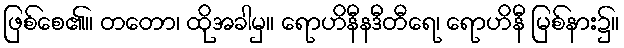
ဖြစ်စေ၏။ တတော၊ ထိုအခါမှ။ ရောဟိနီနဒီတီရေ၊ ရောဟိနီ မြစ်နား၌။